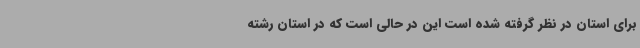
برای استان در نظر گرفته شده است این در حالی است که در استان رشته